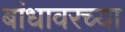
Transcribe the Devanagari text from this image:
बांधावरच्या